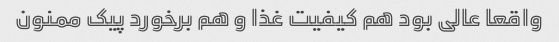
واقعا عالی بود هم کیفیت غذا و هم برخورد پیک ممنون